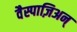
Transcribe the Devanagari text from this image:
वैस्पाज़िअन्